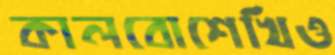
কালবোশেখিও